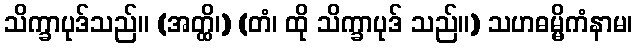
သိက္ခာပုဒ်သည်။ (အတ္ထိ၊) (တံ၊ ထို သိက္ခာပုဒ် သည်။) သဟဓမ္မိကံနာမ၊